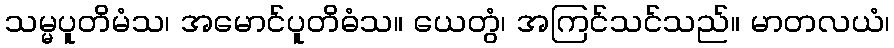
သမ္မပူတိမံသ၊ အမောင်ပူတိဓံသ။ ယေတွံ၊ အကြင်သင်သည်။ မာတလယံ၊